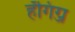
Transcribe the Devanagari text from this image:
हँगिंग्ज